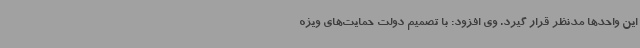
این واحدها مدنظر قرار گیرد. وی افزود: با تصمیم دولت حمایت‌های ویژه